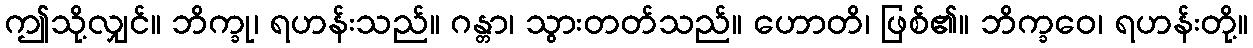
ဤသို့လျှင်။ ဘိက္ခု၊ ရဟန်းသည်။ ဂန္တာ၊ သွားတတ်သည်။ ဟောတိ၊ ဖြစ်၏။ ဘိက္ခဝေ၊ ရဟန်းတို့။